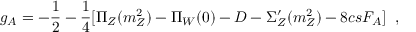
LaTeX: g _ { A } = - \frac { 1 } { 2 } - \frac { 1 } { 4 } [ \Pi _ { Z } ( m _ { Z } ^ { 2 } ) - \Pi _ { W } ( 0 ) - D - \Sigma _ { Z } ^ { \prime } ( m _ { Z } ^ { 2 } ) - 8 c s F _ { A } ] \; \; ,